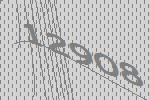
12908